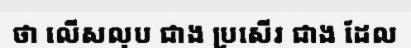
ថា លើសលុប ជាង ប្រសើរ ជាង ដែល